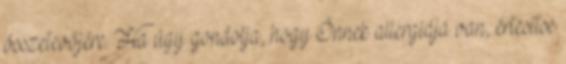
összetevőjére. Ha úgy gondolja, hogy Önnek allergiája van, értesítse